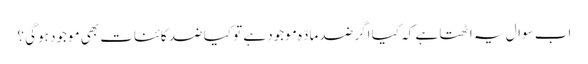
اب سوال یہ اٹھتا ہے کہ کیا اگر ضد مادّہ موجود ہے تو کیا ضد کائنات بھی موجود ہوگی ؟